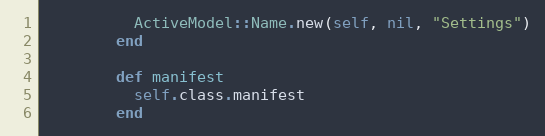
Language: Ruby
          ActiveModel::Name.new(self, nil, "Settings")
        end

        def manifest
          self.class.manifest
        end